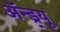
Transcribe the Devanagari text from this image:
अॅन्ड्र्यू